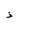
Letter: _thal